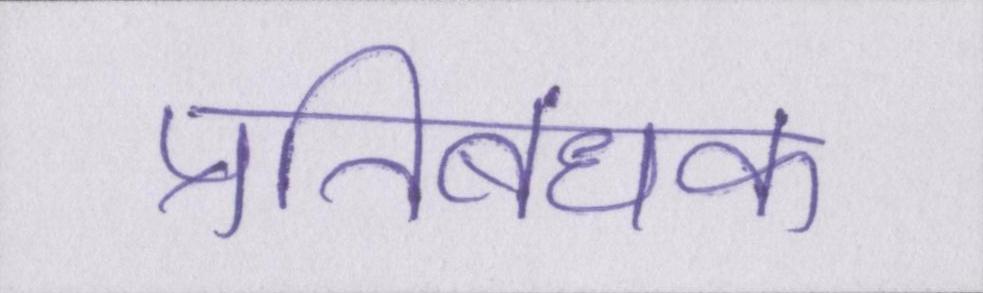
प्रतिबंधक